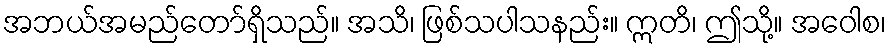
အဘယ်အမည်တော်ရှိသည်။ အသိ၊ ဖြစ်သပါသနည်း။ ဣတိ၊ ဤသို့။ အဝေါစ၊